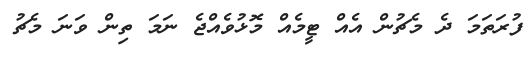
ފުރަތަމަ ދެ މެޗުން އެއް ޓީމެއް މޮޅުވެއްޖެ ނަމަ ތިން ވަނަ މެޗު